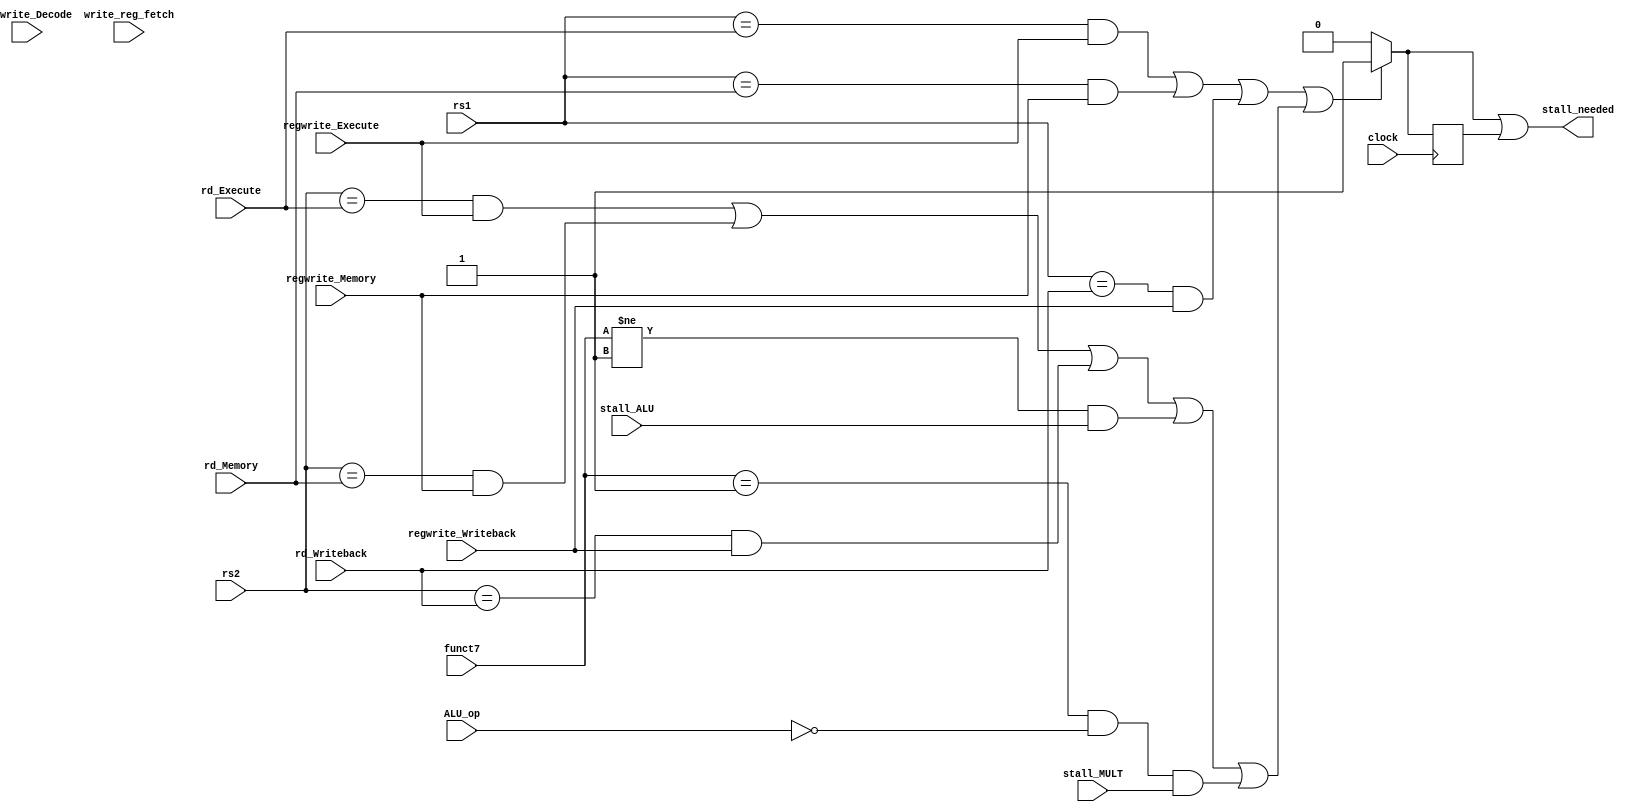
/** @module : stallControl.v                                    
 *  @author : Adaptive & Secure Computing Systems (ASCS) Laboratory
 
 *  Copyright (c) 2018 BRISC-V (ASCS/ECE/BU)
 *  Permission is hereby granted, free of charge, to any person obtaining a copy
 *  of this software and associated documentation files (the "Software"), to deal
 *  in the Software without restriction, including without limitation the rights
 *  to use, copy, modify, merge, publish, distribute, sublicense, and/or sell
 *  copies of the Software, and to permit persons to whom the Software is
 *  furnished to do so, subject to the following conditions:
 *  The above copyright notice and this permission notice shall be included in
 *  all copies or substantial portions of the Software.
 z
 *  THE SOFTWARE IS PROVIDED "AS IS", WITHOUT WARRANTY OF ANY KIND, EXPRESS OR
 *  IMPLIED, INCLUDING BUT NOT LIMITED TO THE WARRANTIES OF MERCHANTABILITY,
 *  FITNESS FOR A PARTICULAR PURPOSE AND NONINFRINGEMENT. IN NO EVENT SHALL THE
 *  AUTHORS OR COPYRIGHT HOLDERS BE LIABLE FOR ANY CLAIM, DAMAGES OR OTHER
 *  LIABILITY, WHETHER IN AN ACTION OF CONTRACT, TORT OR OTHERWISE, ARISING FROM,
 *  OUT OF OR IN CONNECTION WITH THE SOFTWARE OR THE USE OR OTHER DEALINGS IN
 *  THE SOFTWARE.
 *
 *  
 */

module stall_control_unit  (
    input clock,
    input [6:0] funct7,
    input [2:0] ALU_op,
    input stall_ALU,
    input stall_MULT,
    input [4:0] rs1,
    input [4:0] rs2,
    input regwrite_Decode,
    input regwrite_Execute,
    input regwrite_Memory,
    input regwrite_Writeback,
    input [4:0] rd_Execute,
    input [4:0] rd_Memory,
    input [4:0] rd_Writeback,
    input [4:0] write_reg_fetch,
      
    output stall_needed
);

reg stall;
wire stall_interupt;
              
assign stall_interupt =    
                       ((((rs1 == rd_Execute) & regwrite_Execute)           | 
                       ((rs1 == rd_Memory)  & regwrite_Memory)              |
                       ((rs1 == rd_Writeback)  & regwrite_Writeback)        |
                     //((rs1 == write_reg_fetch) & (regwrite_Decode & write_reg_fetch != 5'd0)))      |       
                       (((rs2 == rd_Execute) &  regwrite_Execute)           |
                       ((rs2 == rd_Memory)  & regwrite_Memory)              |
                       ((rs2 == rd_Writeback)  & regwrite_Writeback)        |
		       ((funct7 != 0000001) & stall_ALU)		    |
		       ((funct7 == 0000001 & ALU_op == 3'b000) & stall_MULT))))? 1:0; //		    |
                    // ((rs2 == write_reg_fetch)  & (regwrite_Decode & write_reg_fetch != 5'd0))))?  1:0;


assign stall_needed = stall_interupt | stall;

always @(posedge clock) begin 
    stall <= stall_interupt; 
end
    
endmodule